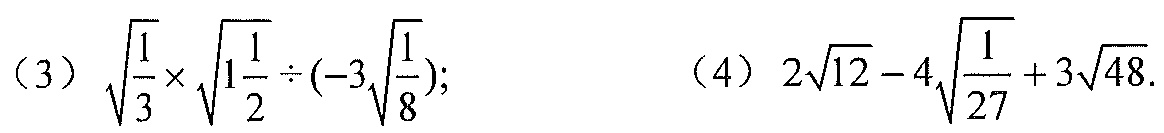
(3) \(\sqrt{\frac{1}{3}}\times\sqrt{1\frac{1}{2}}\div(-3\sqrt{\frac{1}{8}})\);
(4) \(2\sqrt{12}-4\sqrt{\frac{1}{27}} + 3\sqrt{48}\).